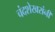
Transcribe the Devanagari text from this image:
चंदशेखरांनी